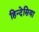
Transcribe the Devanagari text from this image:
हिन्देसिया